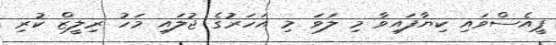
ޕީއެސްވައި ކިޔާފައިވާ މި ލަވަ މި އަހަރުގެ ޖުލައި މަހު ރިލީޒް ކުރި